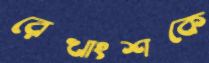
রেখাংশকে